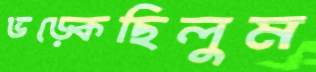
ভড়্‌কেছিলুম